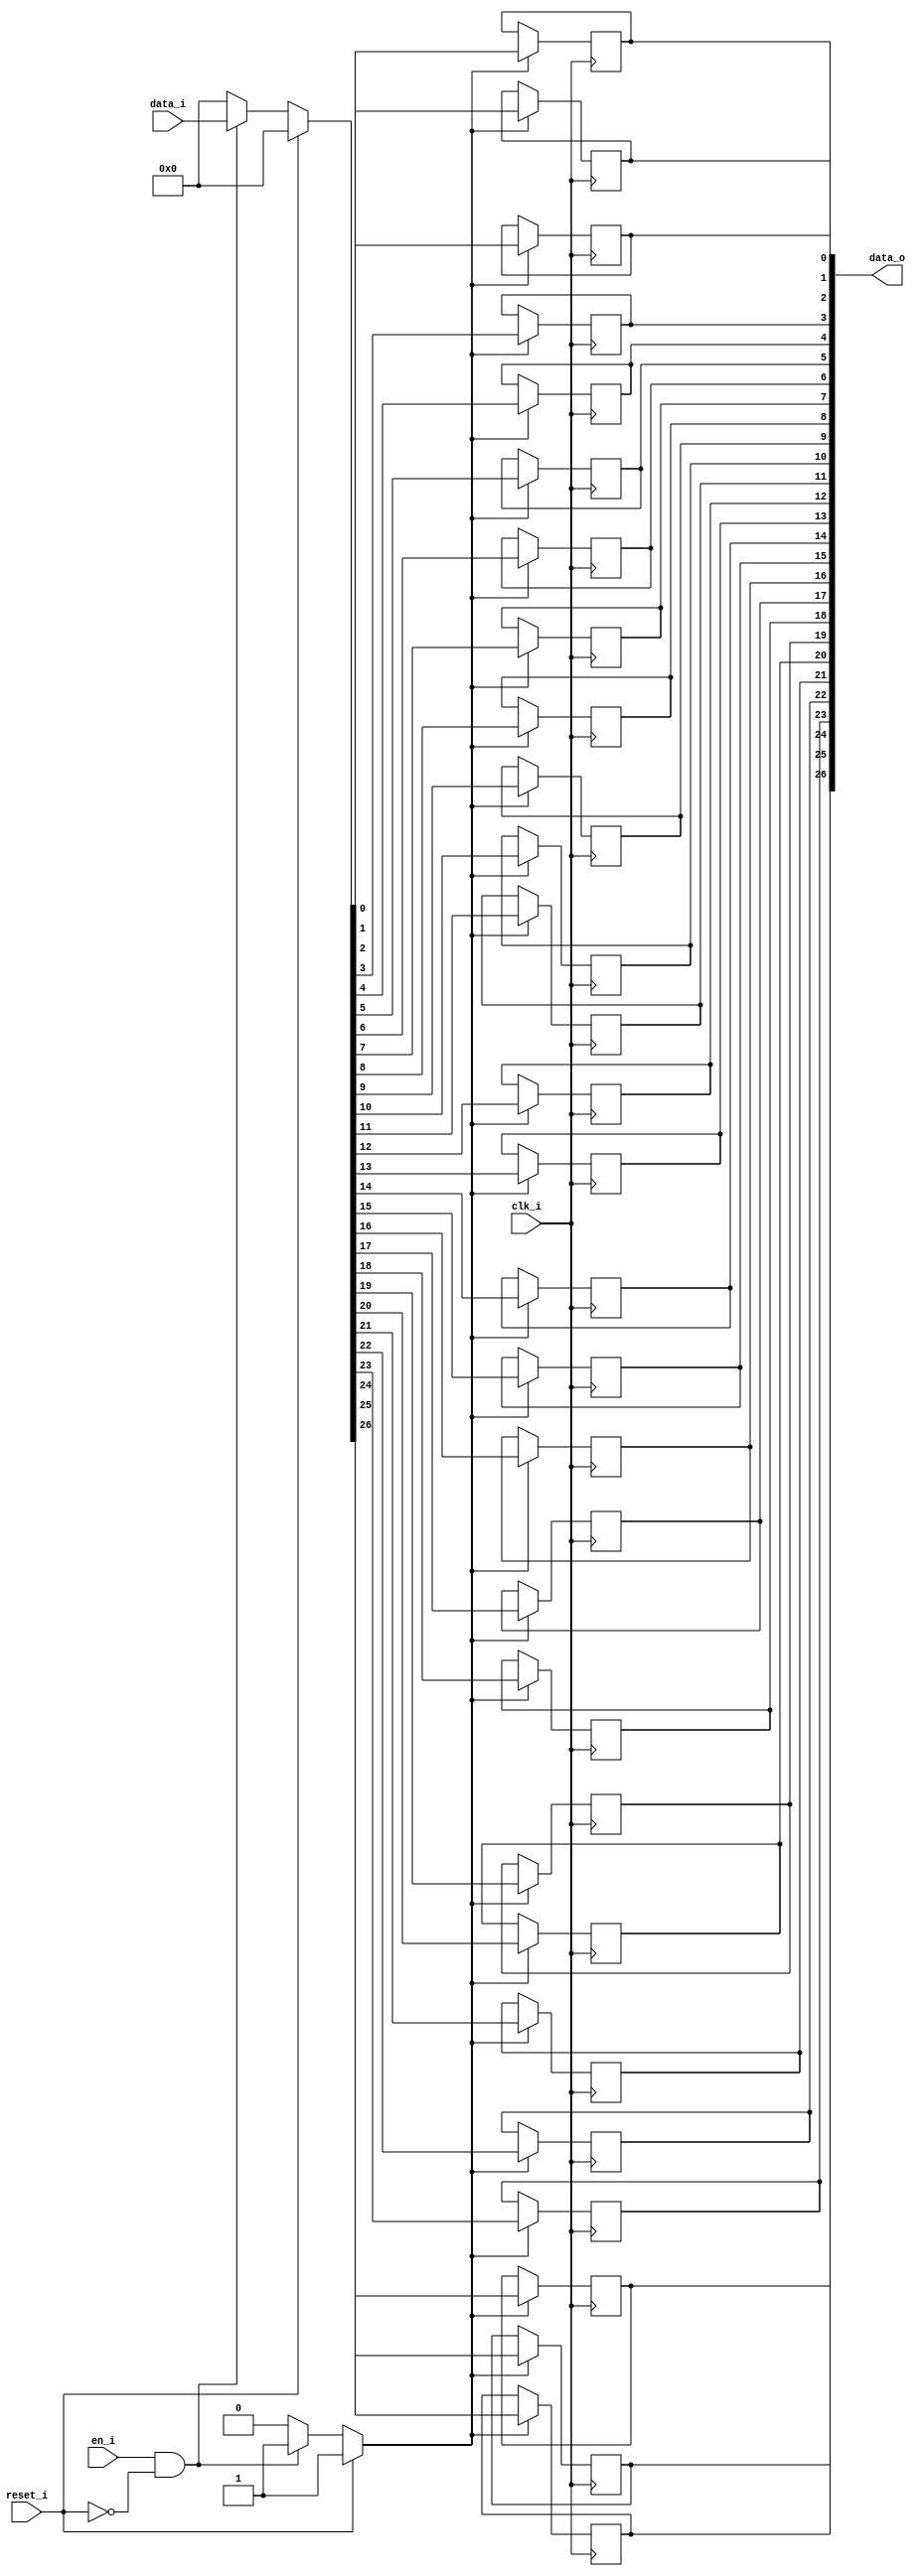
// This program was cloned from: https://github.com/NYU-MLDA/OpenABC
// License: BSD 3-Clause "New" or "Revised" License

module bsg_dff_reset_en_width_p27
(
  clk_i,
  reset_i,
  en_i,
  data_i,
  data_o
);

  input [26:0] data_i;
  output [26:0] data_o;
  input clk_i;
  input reset_i;
  input en_i;
  wire [26:0] data_o;
  wire N0,N1,N2,N3,N4,N5,N6,N7,N8,N9,N10,N11,N12,N13,N14,N15,N16,N17,N18,N19,N20,N21,
  N22,N23,N24,N25,N26,N27,N28,N29,N30,N31,N32;
  reg data_o_26_sv2v_reg,data_o_25_sv2v_reg,data_o_24_sv2v_reg,data_o_23_sv2v_reg,
  data_o_22_sv2v_reg,data_o_21_sv2v_reg,data_o_20_sv2v_reg,data_o_19_sv2v_reg,
  data_o_18_sv2v_reg,data_o_17_sv2v_reg,data_o_16_sv2v_reg,data_o_15_sv2v_reg,
  data_o_14_sv2v_reg,data_o_13_sv2v_reg,data_o_12_sv2v_reg,data_o_11_sv2v_reg,
  data_o_10_sv2v_reg,data_o_9_sv2v_reg,data_o_8_sv2v_reg,data_o_7_sv2v_reg,data_o_6_sv2v_reg,
  data_o_5_sv2v_reg,data_o_4_sv2v_reg,data_o_3_sv2v_reg,data_o_2_sv2v_reg,
  data_o_1_sv2v_reg,data_o_0_sv2v_reg;
  assign data_o[26] = data_o_26_sv2v_reg;
  assign data_o[25] = data_o_25_sv2v_reg;
  assign data_o[24] = data_o_24_sv2v_reg;
  assign data_o[23] = data_o_23_sv2v_reg;
  assign data_o[22] = data_o_22_sv2v_reg;
  assign data_o[21] = data_o_21_sv2v_reg;
  assign data_o[20] = data_o_20_sv2v_reg;
  assign data_o[19] = data_o_19_sv2v_reg;
  assign data_o[18] = data_o_18_sv2v_reg;
  assign data_o[17] = data_o_17_sv2v_reg;
  assign data_o[16] = data_o_16_sv2v_reg;
  assign data_o[15] = data_o_15_sv2v_reg;
  assign data_o[14] = data_o_14_sv2v_reg;
  assign data_o[13] = data_o_13_sv2v_reg;
  assign data_o[12] = data_o_12_sv2v_reg;
  assign data_o[11] = data_o_11_sv2v_reg;
  assign data_o[10] = data_o_10_sv2v_reg;
  assign data_o[9] = data_o_9_sv2v_reg;
  assign data_o[8] = data_o_8_sv2v_reg;
  assign data_o[7] = data_o_7_sv2v_reg;
  assign data_o[6] = data_o_6_sv2v_reg;
  assign data_o[5] = data_o_5_sv2v_reg;
  assign data_o[4] = data_o_4_sv2v_reg;
  assign data_o[3] = data_o_3_sv2v_reg;
  assign data_o[2] = data_o_2_sv2v_reg;
  assign data_o[1] = data_o_1_sv2v_reg;
  assign data_o[0] = data_o_0_sv2v_reg;

  always @(posedge clk_i) begin
    if(N3) begin
      data_o_26_sv2v_reg <= N30;
    end 
  end


  always @(posedge clk_i) begin
    if(N3) begin
      data_o_25_sv2v_reg <= N29;
    end 
  end


  always @(posedge clk_i) begin
    if(N3) begin
      data_o_24_sv2v_reg <= N28;
    end 
  end


  always @(posedge clk_i) begin
    if(N3) begin
      data_o_23_sv2v_reg <= N27;
    end 
  end


  always @(posedge clk_i) begin
    if(N3) begin
      data_o_22_sv2v_reg <= N26;
    end 
  end


  always @(posedge clk_i) begin
    if(N3) begin
      data_o_21_sv2v_reg <= N25;
    end 
  end


  always @(posedge clk_i) begin
    if(N3) begin
      data_o_20_sv2v_reg <= N24;
    end 
  end


  always @(posedge clk_i) begin
    if(N3) begin
      data_o_19_sv2v_reg <= N23;
    end 
  end


  always @(posedge clk_i) begin
    if(N3) begin
      data_o_18_sv2v_reg <= N22;
    end 
  end


  always @(posedge clk_i) begin
    if(N3) begin
      data_o_17_sv2v_reg <= N21;
    end 
  end


  always @(posedge clk_i) begin
    if(N3) begin
      data_o_16_sv2v_reg <= N20;
    end 
  end


  always @(posedge clk_i) begin
    if(N3) begin
      data_o_15_sv2v_reg <= N19;
    end 
  end


  always @(posedge clk_i) begin
    if(N3) begin
      data_o_14_sv2v_reg <= N18;
    end 
  end


  always @(posedge clk_i) begin
    if(N3) begin
      data_o_13_sv2v_reg <= N17;
    end 
  end


  always @(posedge clk_i) begin
    if(N3) begin
      data_o_12_sv2v_reg <= N16;
    end 
  end


  always @(posedge clk_i) begin
    if(N3) begin
      data_o_11_sv2v_reg <= N15;
    end 
  end


  always @(posedge clk_i) begin
    if(N3) begin
      data_o_10_sv2v_reg <= N14;
    end 
  end


  always @(posedge clk_i) begin
    if(N3) begin
      data_o_9_sv2v_reg <= N13;
    end 
  end


  always @(posedge clk_i) begin
    if(N3) begin
      data_o_8_sv2v_reg <= N12;
    end 
  end


  always @(posedge clk_i) begin
    if(N3) begin
      data_o_7_sv2v_reg <= N11;
    end 
  end


  always @(posedge clk_i) begin
    if(N3) begin
      data_o_6_sv2v_reg <= N10;
    end 
  end


  always @(posedge clk_i) begin
    if(N3) begin
      data_o_5_sv2v_reg <= N9;
    end 
  end


  always @(posedge clk_i) begin
    if(N3) begin
      data_o_4_sv2v_reg <= N8;
    end 
  end


  always @(posedge clk_i) begin
    if(N3) begin
      data_o_3_sv2v_reg <= N7;
    end 
  end


  always @(posedge clk_i) begin
    if(N3) begin
      data_o_2_sv2v_reg <= N6;
    end 
  end


  always @(posedge clk_i) begin
    if(N3) begin
      data_o_1_sv2v_reg <= N5;
    end 
  end


  always @(posedge clk_i) begin
    if(N3) begin
      data_o_0_sv2v_reg <= N4;
    end 
  end

  assign N3 = (N0)? 1'b1 : 
              (N32)? 1'b1 : 
              (N2)? 1'b0 : 1'b0;
  assign N0 = reset_i;
  assign { N30, N29, N28, N27, N26, N25, N24, N23, N22, N21, N20, N19, N18, N17, N16, N15, N14, N13, N12, N11, N10, N9, N8, N7, N6, N5, N4 } = (N0)? { 1'b0, 1'b0, 1'b0, 1'b0, 1'b0, 1'b0, 1'b0, 1'b0, 1'b0, 1'b0, 1'b0, 1'b0, 1'b0, 1'b0, 1'b0, 1'b0, 1'b0, 1'b0, 1'b0, 1'b0, 1'b0, 1'b0, 1'b0, 1'b0, 1'b0, 1'b0, 1'b0 } : 
                                                                                                                                               (N32)? data_i : 1'b0;
  assign N1 = en_i | reset_i;
  assign N2 = ~N1;
  assign N31 = ~reset_i;
  assign N32 = en_i & N31;

endmodule